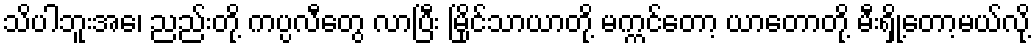
သိပါဘူးအေ၊ ညည်းတို့ ကပ္ပလီတွေ လာပြီး မြိုင်သာယာတို့ မက္ကင်တော့ ယာတောတို့ မီးရှို့တော့မယ်လို့